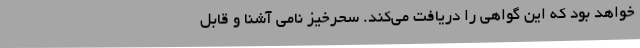
خواهد بود که این گواهی را دریافت می‌کند. سحرخیز نامی آشنا و قابل